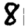
Digit: 8